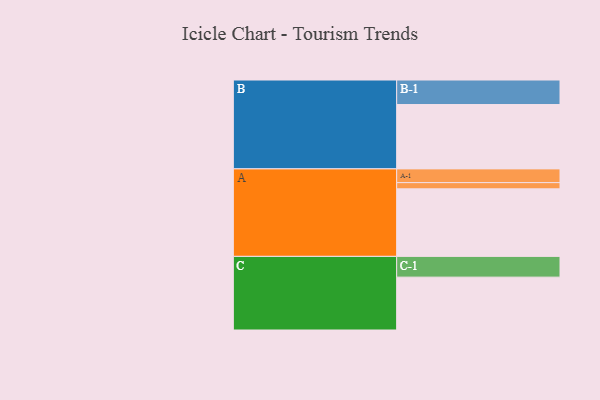
{"axis": {"x": "Segment", "y": "Value"}, "legend": ["", "A", "B", "C"], "data": [{"x": "A", "y": 589, "type": ""}, {"x": "B", "y": 561, "type": ""}, {"x": "C", "y": 461, "type": ""}, {"x": "A-1", "y": 120, "type": "A"}, {"x": "A-2", "y": 54, "type": "A"}, {"x": "B-1", "y": 214, "type": "B"}, {"x": "C-1", "y": 181, "type": "C"}]}